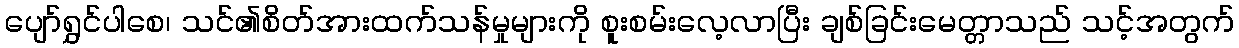
ပျော်ရွှင်ပါစေ၊ သင်၏စိတ်အားထက်သန်မှုများကို စူးစမ်းလေ့လာပြီး ချစ်ခြင်းမေတ္တာသည် သင့်အတွက်